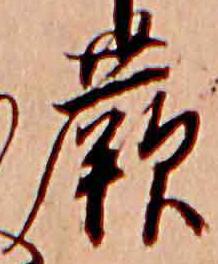
蕨